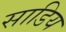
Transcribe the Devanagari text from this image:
साडिय